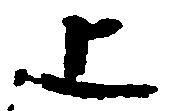
上